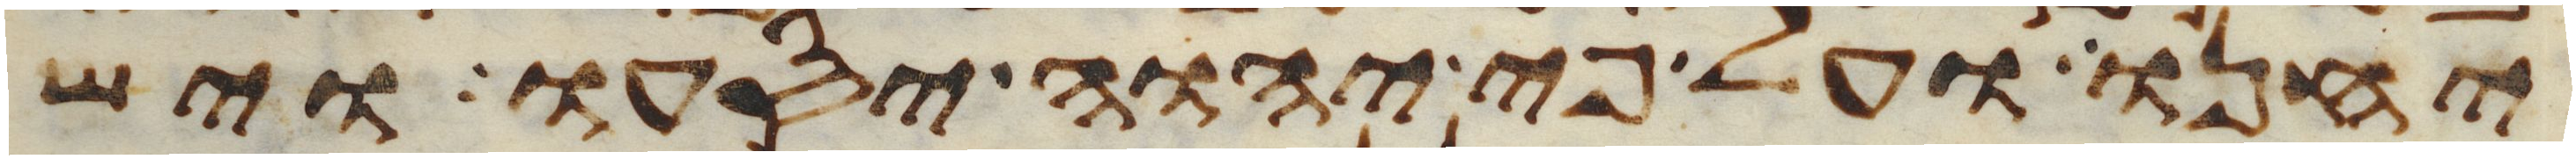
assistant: יחנו ועל פי יהוה יסעו ויש